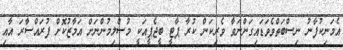
އެމަނިކުފާނު ނިސްބަތްވެވަޑައިގަންނަވާ ވެރިކަން ކުރާ ޕާޓީ ބީޖެޕީއަކީ މުސްލިމުންނަށް އަމާޒުކޮށް ފުރައްސާރަ އާއި